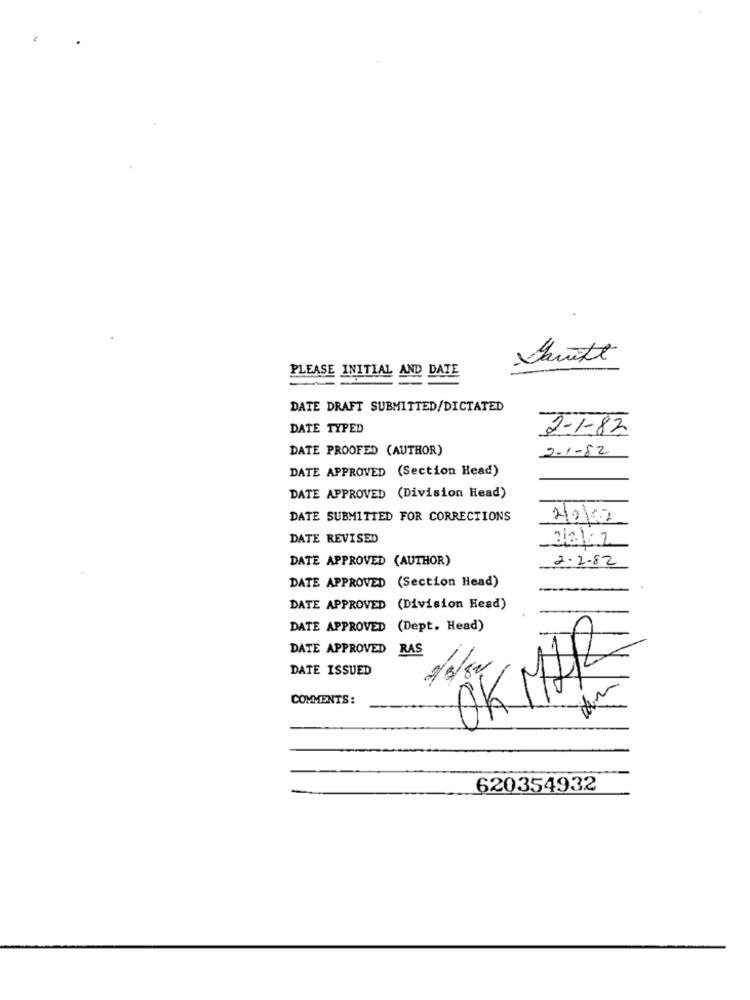
PLEASE INITIAL AND DATE
DATE DRAFT SUBMITTED/DICTATED
DATE TYPED
2-1-82
DATE PROOFED (AUTHOR)
2-1-82
DATE APPROVED (Section Head)
DATE APPROVED (Division Head)
DATE SUBMITTED FOR CORRECTIONS
2/2/2
DATE REVISED
DATE APPROVED (AUTHOR)
2-2-82
DATE APPROVED (Section Head)
DATE APPROVED (Division Head)
DATE APPROVED
(Dept. Head)
DATE APPROVED RAS
DATE ISSUED
23/80
COMMENTS:
620354932